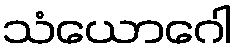
သံယောဂေါ